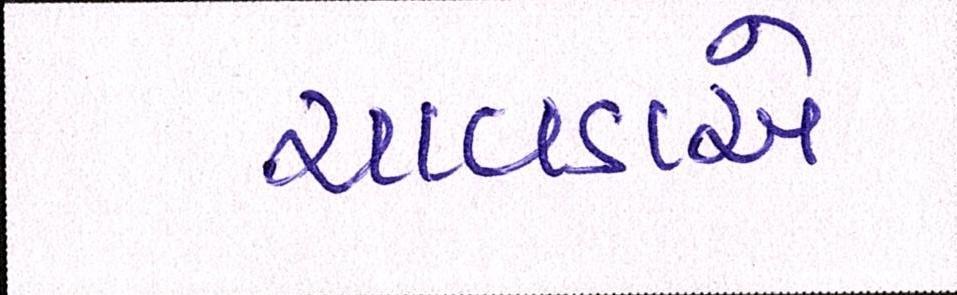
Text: ચાવડાએ